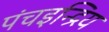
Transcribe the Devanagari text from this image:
पंचइन्द्रिय